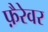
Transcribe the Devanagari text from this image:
फ़ैरेवर